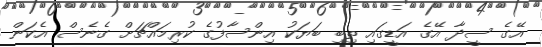
އޭގެ ސީދާ އޭގެ އަޑީގައި ތިބި ބަޔަކު އިންސާފުގެ ކުރިމައްޗަށް ގެނެސް އެކަން